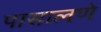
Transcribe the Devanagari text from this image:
पासालणे